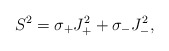
\begin{align*} S^2 = \sigma_+ J_+^2 + \sigma_- J_-^2,\end{align*}